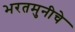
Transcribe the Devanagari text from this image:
भरतमुनीचे